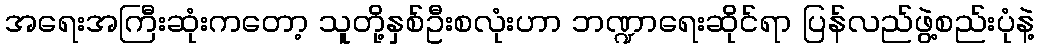
အရေးအကြီးဆုံးကတော့ သူတို့နှစ်ဦးစလုံးဟာ ဘဏ္ဍာရေးဆိုင်ရာ ပြန်လည်ဖွဲ့စည်းပုံနဲ့